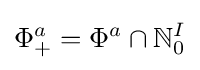
\Phi _{+}^{a}=\Phi ^{a}\cap \mathbb {N} _{0}^{I}